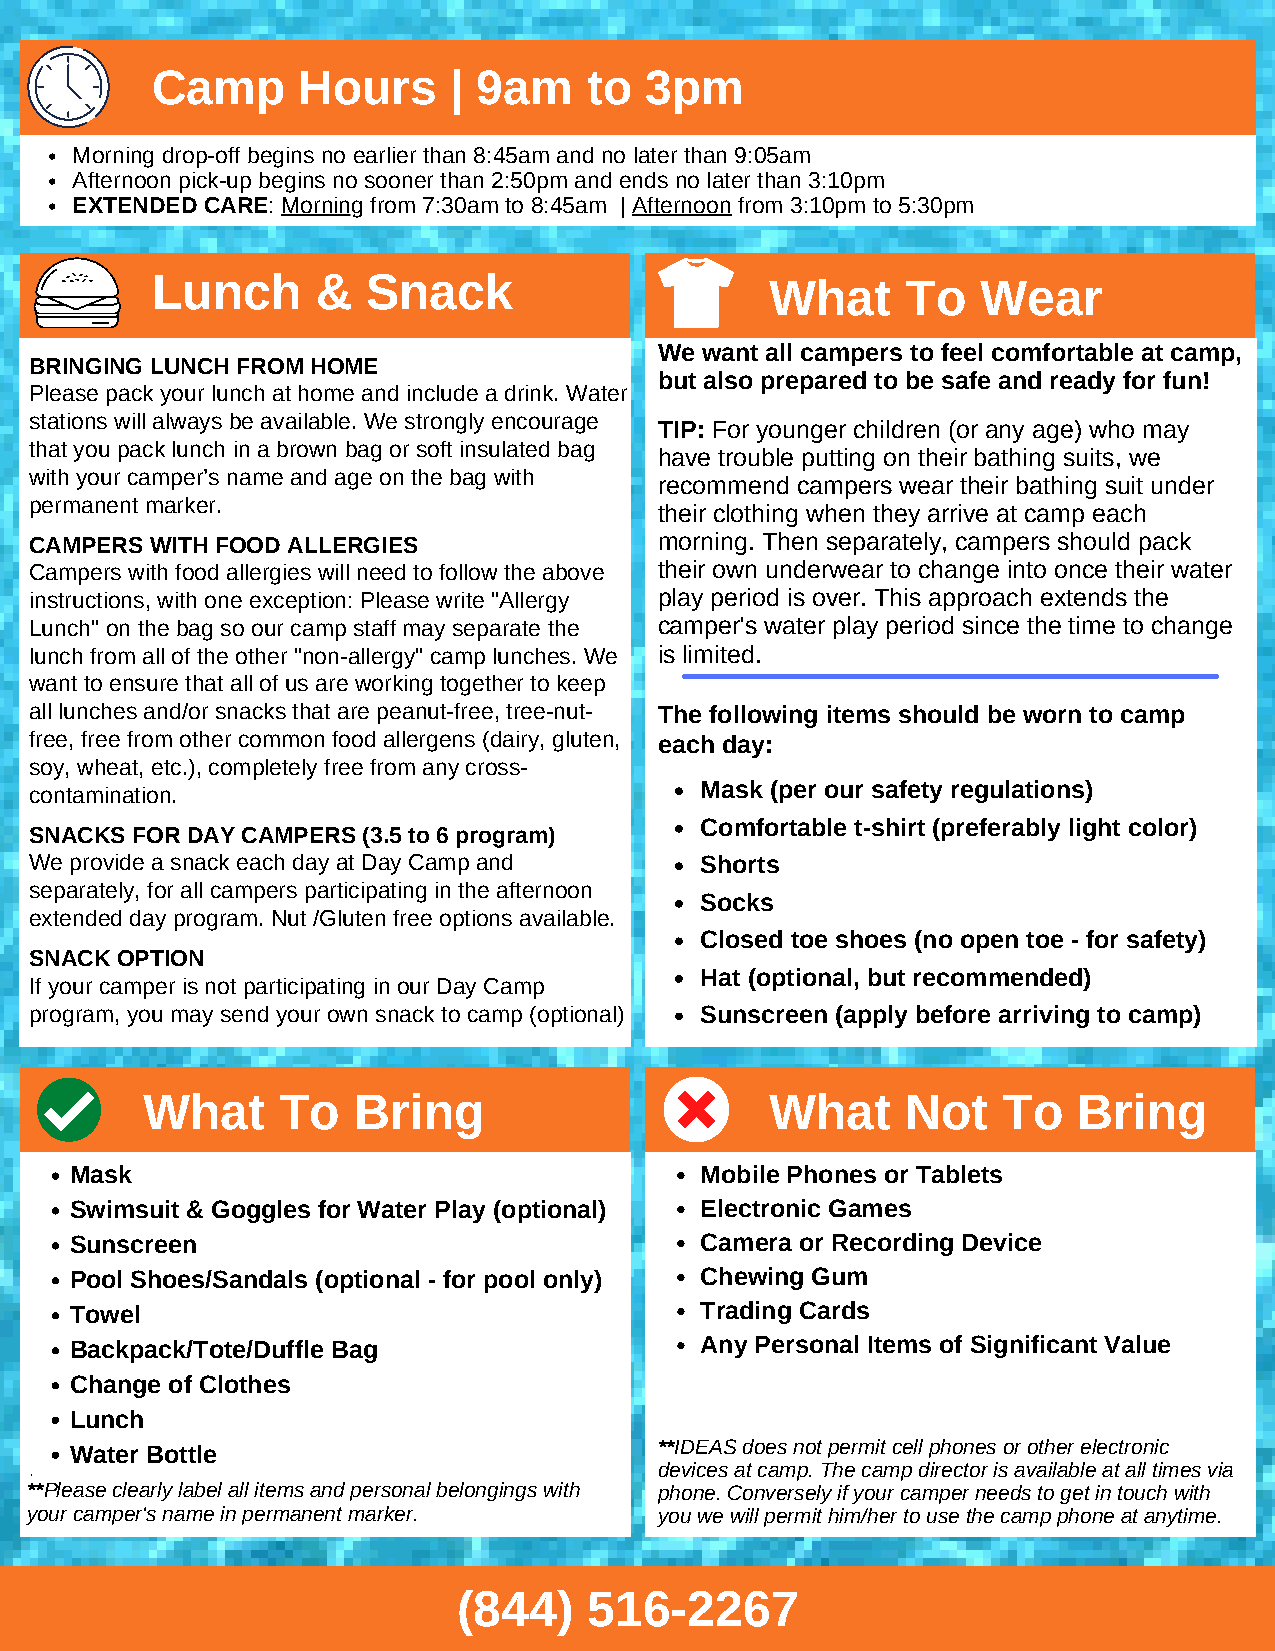
Camp      Hours     | 9am    to  3pm
 Morning drop-off begins no earlier than 8:45am and no later than 9:05am
 Afternoon pick-up begins no sooner than 2:50pm and ends no later than 3:10pm
 EXTENDED CARE: Morning from 7:30am to 8:45am | Afternoon from 3:10pm to 5:30pm
 Lunch      &  Snack                      What     To   Wear
 We want all campers to feel comfortable at camp,
 BRINGING LUNCH FROM HOME
 but also prepared to be safe and ready for fun!
 Please pack your lunch at home and include a drink. Water
 stations will always be available. We strongly encourage
 TIP: For younger children (or any age) who may
 that you pack lunch in a brown bag or soft insulated bag
 have trouble putting on their bathing suits, we
 with your camper’s name and age on the bag with
 recommend campers wear their bathing suit under
 permanent marker.
 their clothing when they arrive at camp each
 CAMPERS WITH FOOD ALLERGIES               morning. Then separately, campers should pack
 Campers with food allergies will need to follow the above their own underwear to change into once their water
 instructions, with one exception: Please write "Allergy play period is over. This approach extends the
 Lunch" on the bag so our camp staff may separate the camper's water play period since the time to change
 lunch from all of the other "non-allergy" camp lunches. We is limited.
 want to ensure that all of us are working together to keep
 all lunches and/or snacks that are peanut-free, tree-nut- The following items should be worn to camp
 free, free from other common food allergens (dairy, gluten, each day:
 soy, wheat, etc.), completely free from any cross-
 contamination.                              Mask (per our safety regulations)
 Comfortable t-shirt (preferably light color)
 SNACKS FOR DAY CAMPERS (3.5 to 6 program)
 We provide a snack each day at Day Camp and Shorts
 separately, for all campers participating in the afternoon
 Socks
 extended day program. Nut /Gluten free options available.
 Closed toe shoes (no open toe - for safety)
 SNACK OPTION
 Hat (optional, but recommended)
 If your camper is not participating in our Day Camp
 program, you may send your own snack to camp (optional) Sunscreen (apply before arriving to camp)
 What      To  Bring                       What     Not   To   Bring
 Mask                                     Mobile Phones or Tablets
 Swimsuit & Goggles for Water Play (optional) Electronic Games
 Sunscreen                                Camera or Recording Device
 Pool Shoes/Sandals (optional - for pool only) Chewing Gum
 Towel                                    Trading Cards
 Backpack/Tote/Duffle Bag                 Any Personal Items of Significant Value
 Change of Clothes
 Lunch
 Water Bottle                           **IDEAS does not permit cell phones or other electronic
 devices at camp. The camp director is available at all times via
 **Please clearly label all items and personal belongings with phone. Conversely if your camper needs to get in touch with
 your camper's name in permanent marker.   you we will permit him/her to use the camp phone at anytime.
 (844)    516-2267